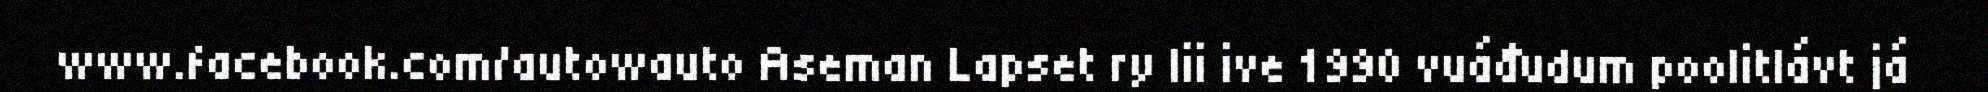
www.facebook.com/autowauto Aseman Lapset ry lii ive 1990 vuáđudum poolitlávt já